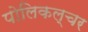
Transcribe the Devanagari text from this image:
पोलिकल्चर